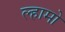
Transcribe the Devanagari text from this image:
ल्हामो